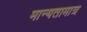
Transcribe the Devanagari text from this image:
मान्यतामात्र